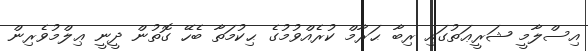
އިސްލާމީ ޝަރީޢަތުގައި ރިބާ ޙަރާމް ކުރެއްވުމުގެ ޙިކުމަތާ ބެހޭ ގޮތުން ދީނީ ޢިލްމުވެރިން